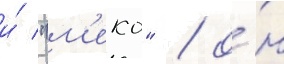
и́ "м'еко" / о́н